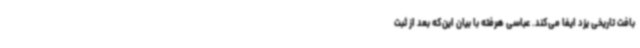
بافت تاریخی یزد ایفا می‌کند. عباسی هرفته با بیان این‌که بعد از ثبت